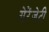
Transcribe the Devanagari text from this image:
सेरेंजेटी